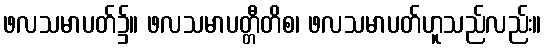
ဖလသမာပတ်၌။ ဖလသမာပတ္တီတိစ၊ ဖလသမာပတ်ဟူသည်လည်း။